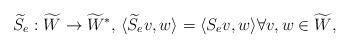
LaTeX: \begin{align*} \widetilde{S}_e: \widetilde{W} \to \widetilde{W}^*, \, \langle \widetilde{S}_e v,w\rangle = \langle S_e v,w\rangle \forall v,w \in \widetilde{W}, \end{align*}